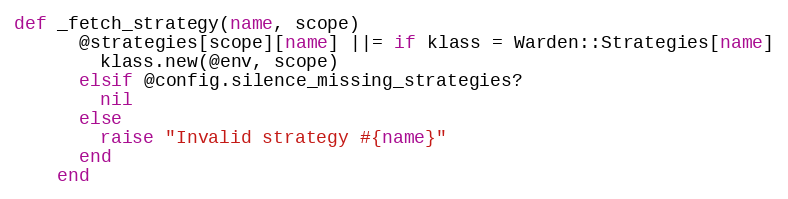
Language: Ruby
def _fetch_strategy(name, scope)
      @strategies[scope][name] ||= if klass = Warden::Strategies[name]
        klass.new(@env, scope)
      elsif @config.silence_missing_strategies?
        nil
      else
        raise "Invalid strategy #{name}"
      end
    end